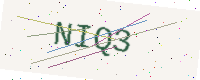
Text: NIQ3